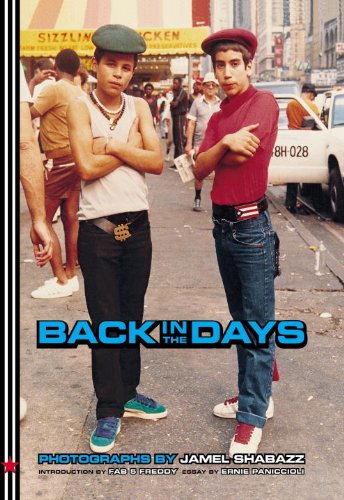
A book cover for Back in the Days; Jamel Shabazz; Travel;